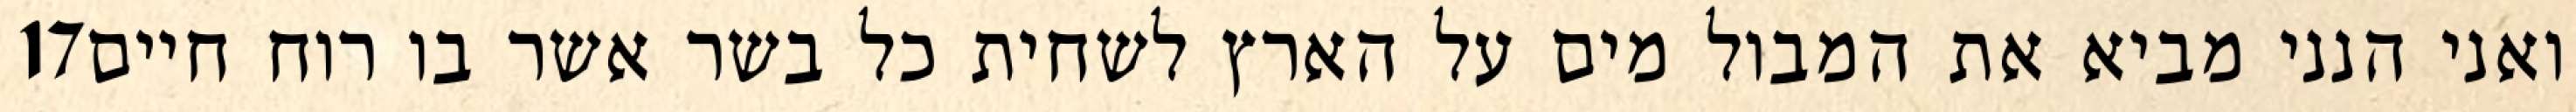
‎17‏ ואני הנני מביא את המבול מים על הארץ לשחית כל בשר אשר בו רוח חיים